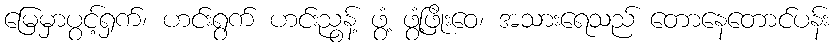
မြေမှာပွင့်ရှက်၊ ဟင်းရွက် ဟင်းညွန့် ဖွံ့ ဖွံ့ဖြိုးဝေ၊ အသားရေသည် တောနေတောင်ပန်း